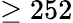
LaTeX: \ge 252